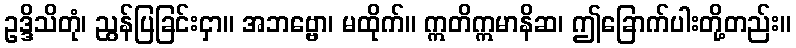
ဥဒ္ဒိသိတုံ၊ ညွန်ပြခြင်းငှာ။ အဘဗ္ဗော၊ မထိုက်။ ဣတိဣမာနိဆ၊ ဤခြောက်ပါးတို့တည်း။